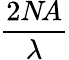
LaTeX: \frac{2N\! A}{\lambda}